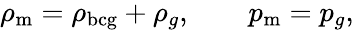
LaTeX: \begin{array}{r}{\rho_{\mathrm{m}}=\rho_{\mathrm{bcg}}+\rho_{g},\qquad p_{\mathrm{m}}=p_{g},}\end{array}